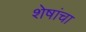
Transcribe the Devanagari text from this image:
शेषांचा